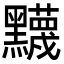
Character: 𬹛